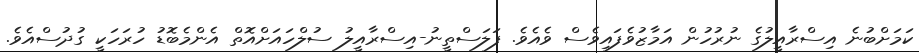
ކަމަށްބުނެ އިސްރާއީލުގެ ނުރުހުން އަމާޒުވެފައިވެސް ވެއެވެ. ފަލަސްތީނު-އިސްރާއީލު ސުލްހައަށްއޮތް އެންމެބޮޑު ހުރަހަކީ ގުދުސްއެވެ.